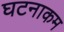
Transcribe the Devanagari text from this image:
घटनाकम